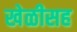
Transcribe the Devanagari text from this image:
खेळीसह